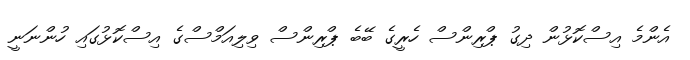
އެންމެ އިސްކޮޅުން ދިގު ޕްރިންސް ހެރީގެ ބޭބެ ޕްރިންސް ވިލިއަމްސްގެ އިސްކޮޅުގައި ހުންނަނީ